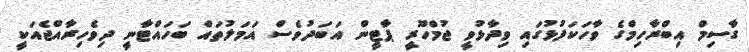
ގާސިމް އިބްރާހިމްގެ ވާހަކަފުޅުގައި ވިދާޅުވީ ޖުމްހޫރީ ޕާޓީން އަބަދުވެސް އަމަލުތައް ބަހައްޓާނީ ދިވެހިރާއްޖެއަކީ